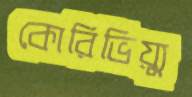
কোরিভিয়্যু